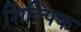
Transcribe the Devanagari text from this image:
शिल्पिक